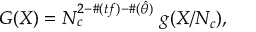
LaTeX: G ( X ) = N _ { c } ^ { 2 - \# ( t f ) - \# ( \hat { \theta } ) } \ g ( X / N _ { c } ) ,